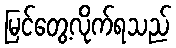
မြင်တွေ့လိုက်ရသည်